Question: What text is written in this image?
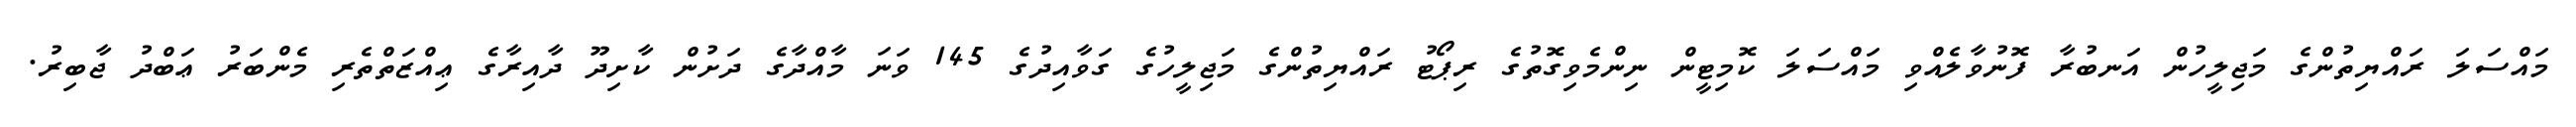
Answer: މައްސަލަ ރައްޔިތުންގެ މަޖިލީހުން އަނބުރާ ފޮނުވާލެއްވި މައްސަލަ ކޮމިޓީން ނިންމެވިގޮތުގެ ރިޕޯޓު ރައްޔިތުންގެ މަޖިލީހުގެ ގަވާއިދުގެ 145 ވަނަ މާއްދާގެ ދަށުން ކާށިދޫ ދާއިރާގެ ޢިއްޒަތްތެރި މެންބަރު ޢަބްދު ޖާބިރު.